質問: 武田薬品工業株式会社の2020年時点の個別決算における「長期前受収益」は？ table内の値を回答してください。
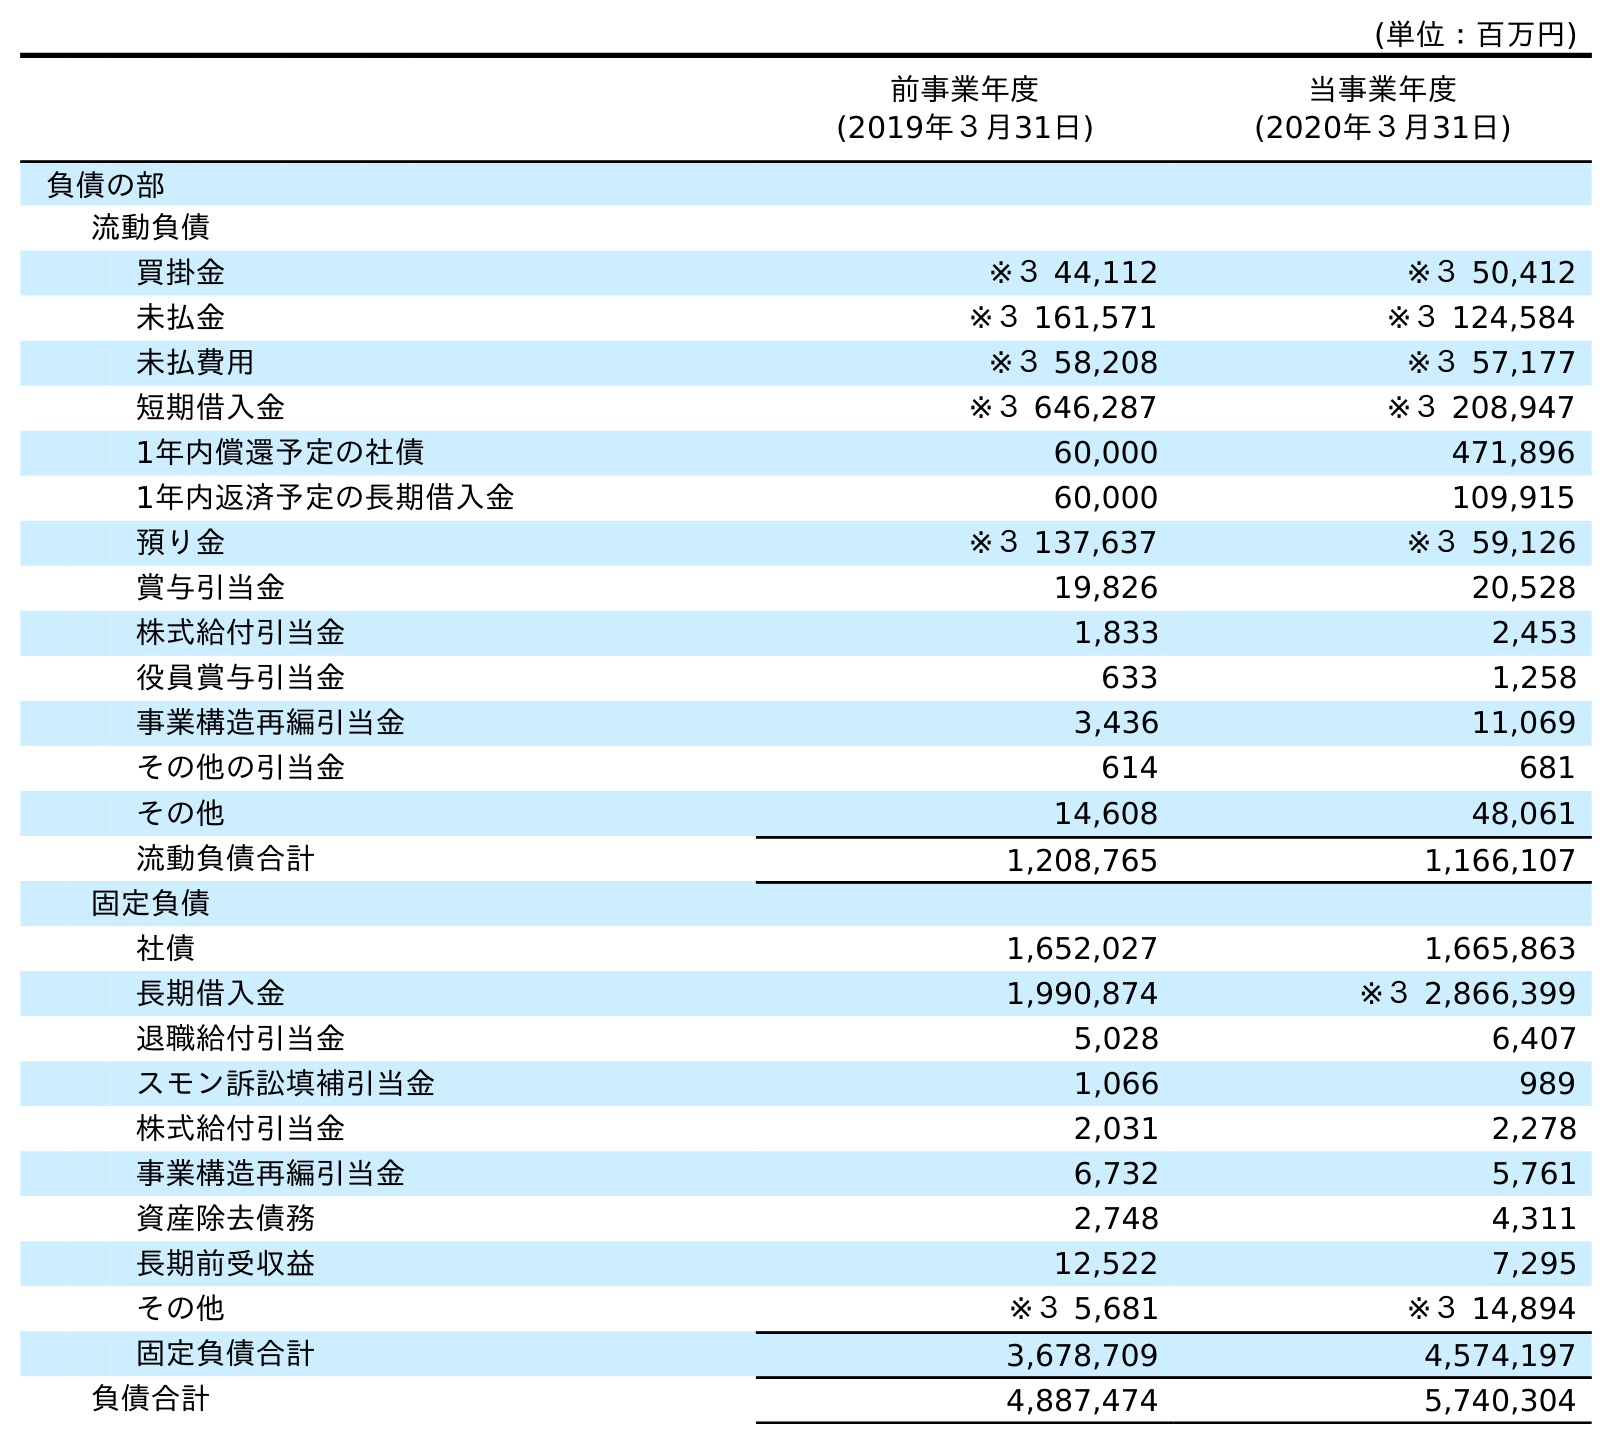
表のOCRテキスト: (単位：百万円) 前事業年度 (2019年３月31日) 当事業年度 (2020年３月31日) 負債の部 流動負債 買掛金 ※３ 44,112 ※３ 50,412 未払金 ※３ 161,571 ※３ 124,584 未払費用 ※３ 58,208 ※３ 57,177 短期借入金 ※３ 646,287 ※３ 208,947 1年内償還予定の社債 60,000 471,896 1年内返済予定の長期借入金 60,000 109,915 預り金 ※３ 137,637 ※３ 59,126 賞与引当金 19,826 20,528 株式給付引当金 1,833 2,453 役員賞与引当金 633 1,258 事業構造再編引当金 3,436 11,069 その他の引当金 614 681 その他 14,608 48,061 流動負債合計 1,208,765 1,166,107 固定負債 社債 1,652,027 1,665,863 長期借入金 1,990,874 ※３ 2,866,399 退職給付引当金 5,028 6,407 スモン訴訟填補引当金 1,066 989 株式給付引当金 2,031 2,278 事業構造再編引当金 6,732 5,761 資産除去債務 2,748 4,311 長期前受収益 12,522 7,295 その他 ※３ 5,681 ※３ 14,894 固定負債合計 3,678,709 4,574,197 負債合計 4,887,474 5,740,304
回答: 7,295